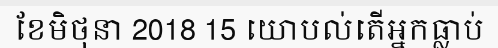
ខែមិថុនា 2018 15 យោបល់តើអ្នកធ្លាប់